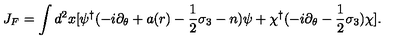
J _ { F } = \int d ^ { 2 } x [ \psi ^ { \dagger } ( - i \partial _ { \theta } + a ( r ) - { \frac { 1 } { 2 } } \sigma _ { 3 } - n ) \psi + \chi ^ { \dagger } ( - i \partial _ { \theta } - { \frac { 1 } { 2 } } \sigma _ { 3 } ) \chi ] .